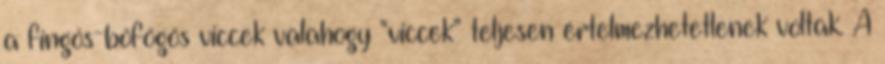
a fingós-böfögös viccek valahogy “viccek” teljesen értelmezhetetlenek voltak. A